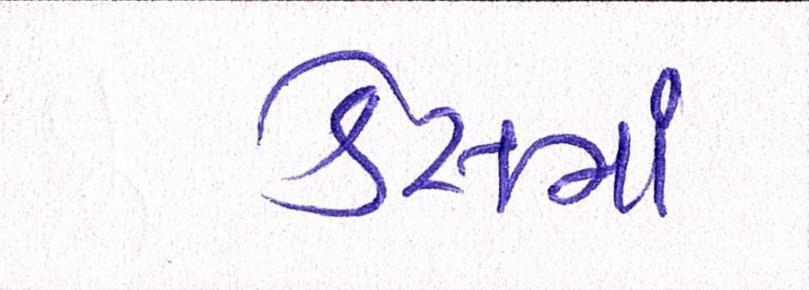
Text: કેસમાં